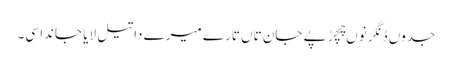
جدوں ڈنگر نوں چِچڑ پے جان تاں تارے میرے دا تیل لایا جاندا سی۔